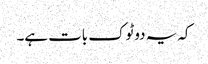
کہ یہ دوٹوک بات ہے۔